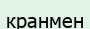
кранмен